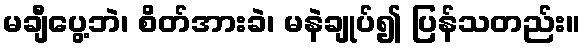
မချီပွေ့ဘဲ၊ စိတ်အားခဲ၊ မနဲချုပ်၍ ပြန်သတည်း။